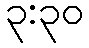
၃:၃၀